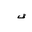
Letter: _qaf